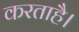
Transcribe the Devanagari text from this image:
करताहै।